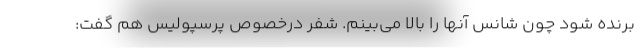
برنده شود چون شانس آنها را بالا می‌بینم. شفر درخصوص پرسپولیس هم گفت: